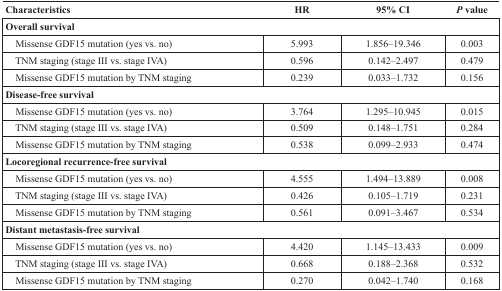
<table><thead><tr><td><b>Characteristics</b></td><td><b>HR</b></td><td><b>95% CI</b></td><td><b><i>P</i> value</b></td></tr></thead><tbody><tr><td colspan="4"><b>Overall survival</b></td></tr><tr><td> Missense GDF15 mutation (yes vs. no)</td><td>5.993</td><td>1.856–19.346</td><td>0.003</td></tr><tr><td> TNM staging (stage III vs. stage IVA)</td><td>0.596</td><td>0.142–2.497</td><td>0.479</td></tr><tr><td> Missense GDF15 mutation by TNM staging</td><td>0.239</td><td>0.033–1.732</td><td>0.156</td></tr><tr><td colspan="4"><b>Disease-free survival</b></td></tr><tr><td> Missense GDF15 mutation (yes vs. no)</td><td>3.764</td><td>1.295–10.945</td><td>0.015</td></tr><tr><td> TNM staging (stage III vs. stage IVA)</td><td>0.509</td><td>0.148–1.751</td><td>0.284</td></tr><tr><td> Missense GDF15 mutation by TNM staging</td><td>0.538</td><td>0.099–2.933</td><td>0.474</td></tr><tr><td colspan="4"><b>Locoregional recurrence-free survival</b></td></tr><tr><td> Missense GDF15 mutation (yes vs. no)</td><td>4.555</td><td>1.494–13.889</td><td>0.008</td></tr><tr><td> TNM staging (stage III vs. stage IVA)</td><td>0.426</td><td>0.105–1.719</td><td>0.231</td></tr><tr><td> Missense GDF15 mutation by TNM staging</td><td>0.561</td><td>0.091–3.467</td><td>0.534</td></tr><tr><td colspan="4"><b>Distant metastasis-free survival</b></td></tr><tr><td> Missense GDF15 mutation (yes vs. no)</td><td>4.420</td><td>1.145–13.433</td><td>0.009</td></tr><tr><td> TNM staging (stage III vs. stage IVA)</td><td>0.668</td><td>0.188–2.368</td><td>0.532</td></tr><tr><td> Missense GDF15 mutation by TNM staging</td><td>0.270</td><td>0.042–1.740</td><td>0.168</td></tr></tbody></table>